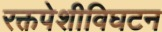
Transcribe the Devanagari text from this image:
रक्तपेशीविघटन